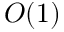
O ( 1 )